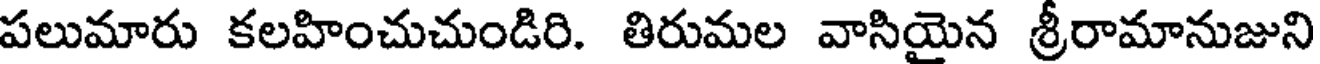
పలుమారు కలహించుచుండిరి. తిరుమల వాసియైన శ్రీరామానుజుని